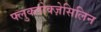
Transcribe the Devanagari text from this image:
फ्लुक्लोक्ज़ेसिलिन